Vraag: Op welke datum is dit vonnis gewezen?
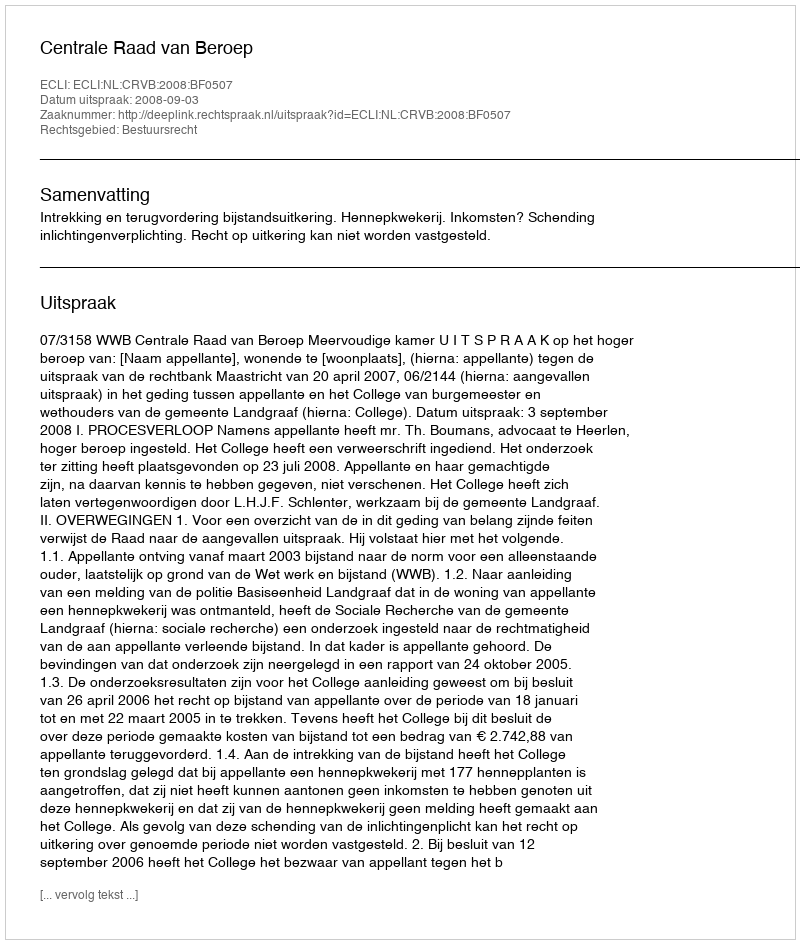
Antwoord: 2008-09-03